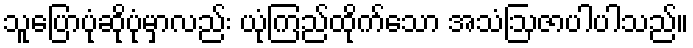
သူပြောပုံဆိုပုံမှာလည်း ယုံကြည်ထိုက်သော အသံဩဇာပါပါသည်။